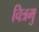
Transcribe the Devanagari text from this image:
चित्रमु